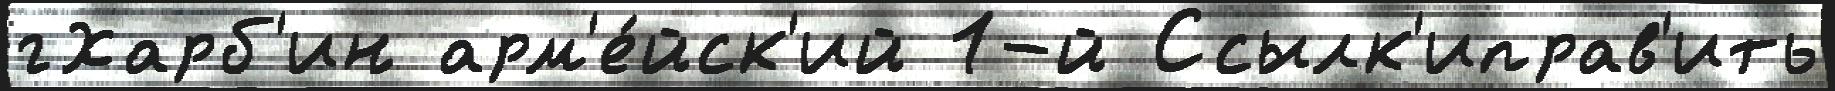
гХарб'ин арм'е́йск'ий 1-й Ссылк'иправ'ить